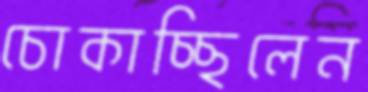
চোকাচ্ছিলেন